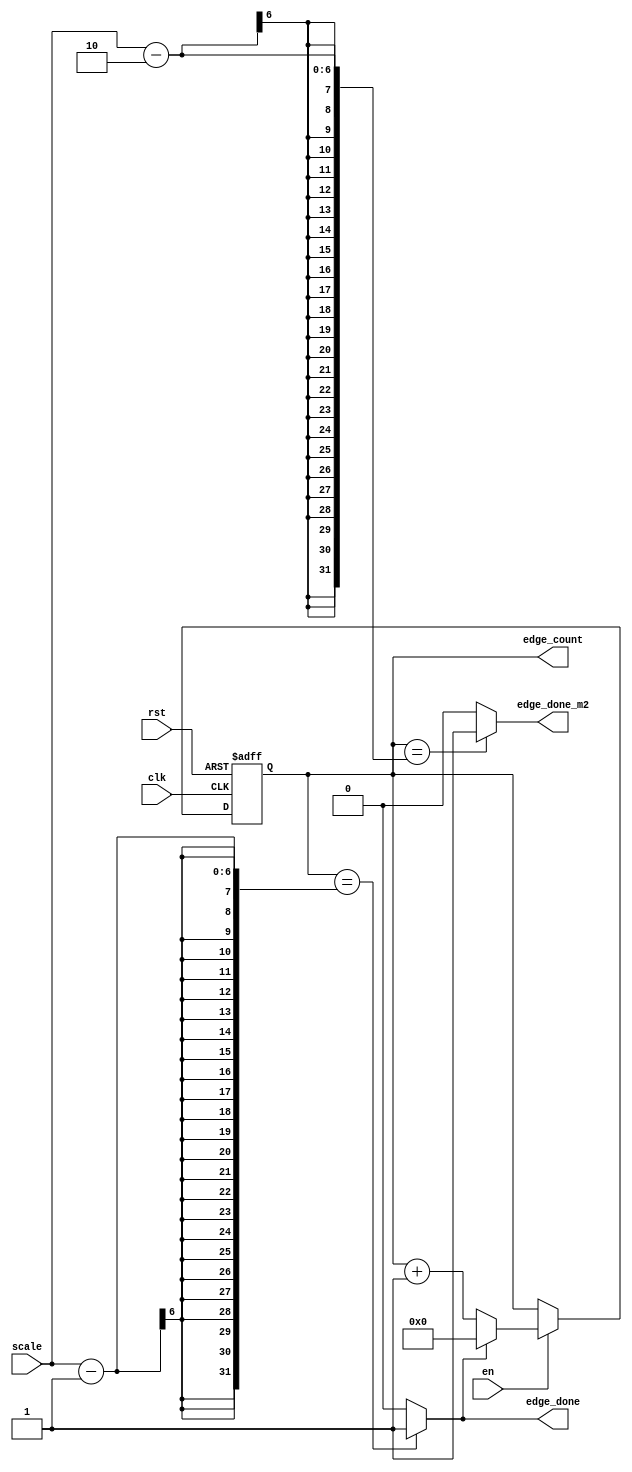
module Edge_Counter (
    input  wire          clk,
    input  wire          rst,
    input  wire          en,
    input  wire  [5:0]   scale,
    output wire          edge_done, 
    output wire          edge_done_m2, 
    output  reg  [4:0]   edge_count
);

always @(posedge clk , negedge rst) begin
    if (!rst)
    begin
        edge_count <= 5'b0;
    end
    else if(en)
    begin
        if(edge_done)
        begin
            edge_count <= 5'b0;
        end
        else begin
        edge_count <= edge_count + 5'd1;
        end
    end
    else begin
        edge_count <= edge_count;
    end
end

 assign edge_done = (edge_count==(scale - 1))? 1'b1:1'b0;
assign edge_done_m2 = (edge_count==(scale - 2))? 1'b1:1'b0;
endmodule